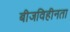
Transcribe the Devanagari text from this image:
बीजविहीनता